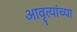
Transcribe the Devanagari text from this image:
आवृत्यांच्या